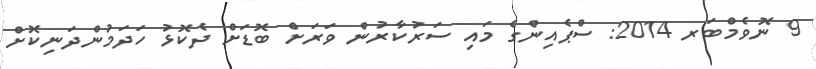
9 ނޮވެމްބަރ 2014: ސްޕެއިންގެ މައި ސަރުކާރުން ވަރަށް ބޮޑަށް ދެކޮޅު ހަދަމުންދަނިކޮށް